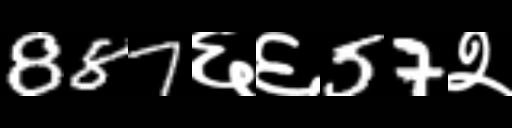
Text: 887६६57२